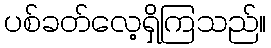
ပစ်ခတ်လေ့ရှိကြသည်။